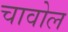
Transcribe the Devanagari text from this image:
चावोल